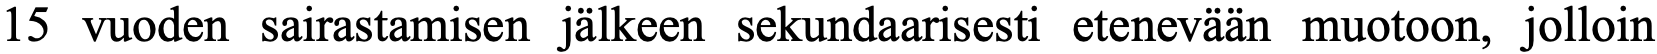
15 vuoden sairastamisen jälkeen sekundaarisesti etenevään muotoon, jolloin